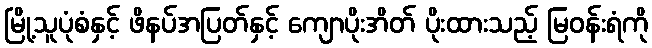
မြို့သူပုံစံနှင့် ဖိနပ်အပြတ်နှင့် ကျောပိုးအိတ် ပိုးထားသည့် မြဝန်းရံကို